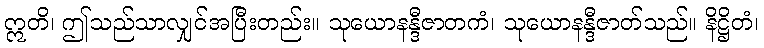
ဣတိ၊ ဤသည်သာလျှင်အပြီးတည်း။ သုယောနန္ဒီဇာတကံ၊ သုယောနန္ဒီဇာတ်သည်။ နိဋ္ဌိတံ၊